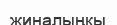
жиналыңқы